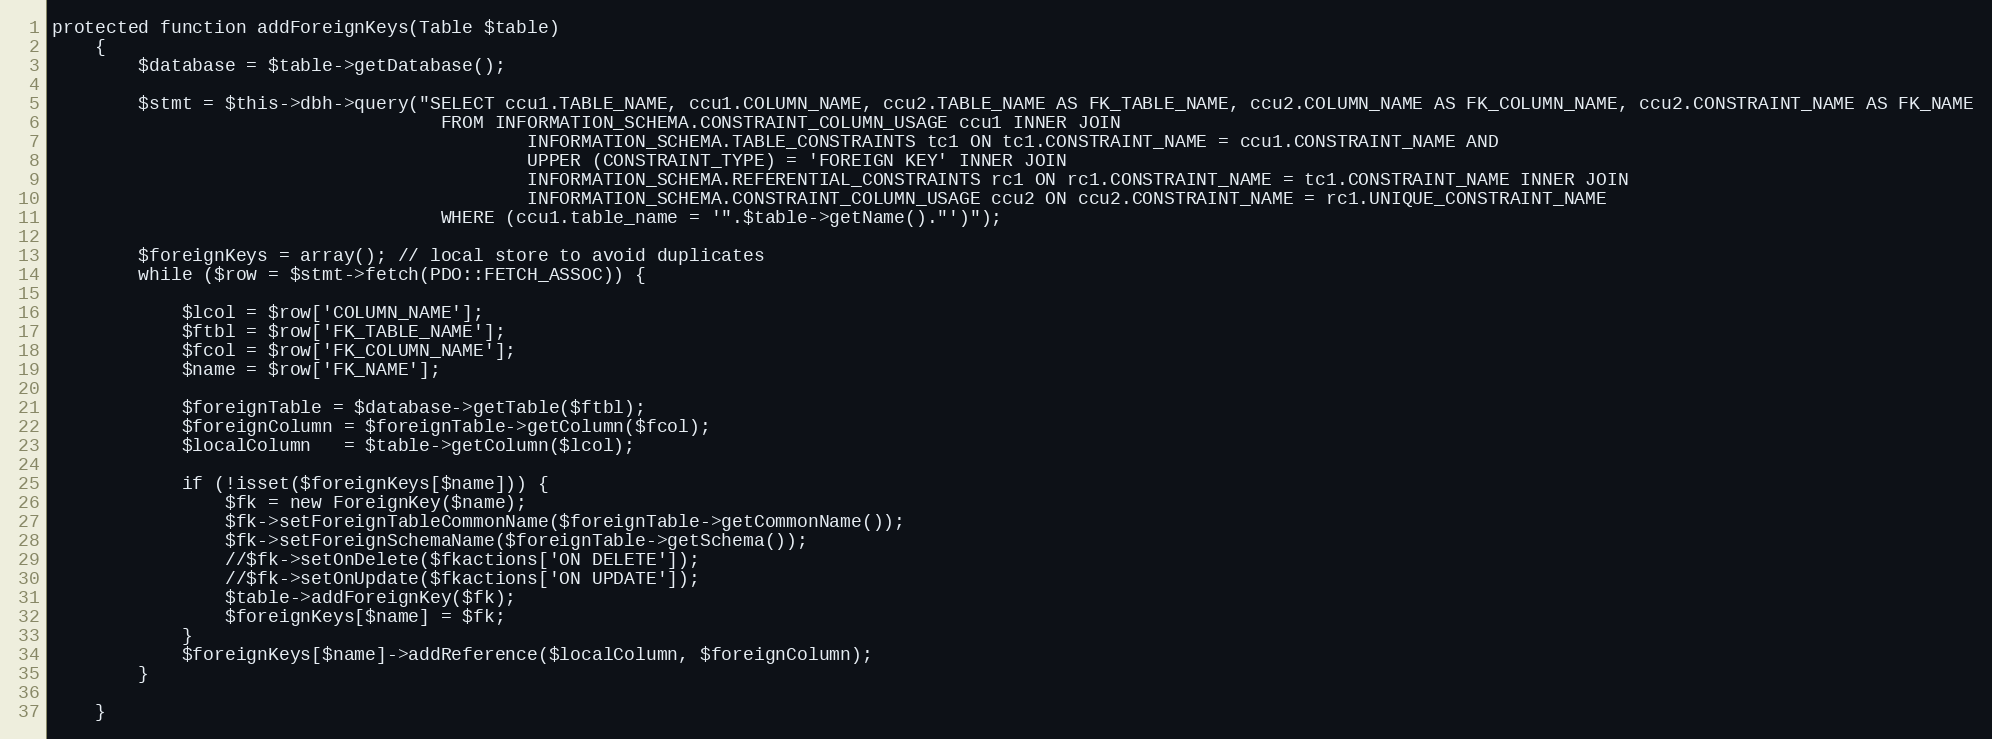
Language: PHP
protected function addForeignKeys(Table $table)
	{
		$database = $table->getDatabase();

		$stmt = $this->dbh->query("SELECT ccu1.TABLE_NAME, ccu1.COLUMN_NAME, ccu2.TABLE_NAME AS FK_TABLE_NAME, ccu2.COLUMN_NAME AS FK_COLUMN_NAME, ccu2.CONSTRAINT_NAME AS FK_NAME
									FROM INFORMATION_SCHEMA.CONSTRAINT_COLUMN_USAGE ccu1 INNER JOIN
											INFORMATION_SCHEMA.TABLE_CONSTRAINTS tc1 ON tc1.CONSTRAINT_NAME = ccu1.CONSTRAINT_NAME AND
											UPPER (CONSTRAINT_TYPE) = 'FOREIGN KEY' INNER JOIN
											INFORMATION_SCHEMA.REFERENTIAL_CONSTRAINTS rc1 ON rc1.CONSTRAINT_NAME = tc1.CONSTRAINT_NAME INNER JOIN
											INFORMATION_SCHEMA.CONSTRAINT_COLUMN_USAGE ccu2 ON ccu2.CONSTRAINT_NAME = rc1.UNIQUE_CONSTRAINT_NAME
									WHERE (ccu1.table_name = '".$table->getName()."')");

		$foreignKeys = array(); // local store to avoid duplicates
		while ($row = $stmt->fetch(PDO::FETCH_ASSOC)) {

			$lcol = $row['COLUMN_NAME'];
			$ftbl = $row['FK_TABLE_NAME'];
			$fcol = $row['FK_COLUMN_NAME'];
			$name = $row['FK_NAME'];

			$foreignTable = $database->getTable($ftbl);
			$foreignColumn = $foreignTable->getColumn($fcol);
			$localColumn   = $table->getColumn($lcol);

			if (!isset($foreignKeys[$name])) {
				$fk = new ForeignKey($name);
				$fk->setForeignTableCommonName($foreignTable->getCommonName());
				$fk->setForeignSchemaName($foreignTable->getSchema());
				//$fk->setOnDelete($fkactions['ON DELETE']);
				//$fk->setOnUpdate($fkactions['ON UPDATE']);
				$table->addForeignKey($fk);
				$foreignKeys[$name] = $fk;
			}
			$foreignKeys[$name]->addReference($localColumn, $foreignColumn);
		}

	}